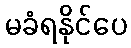
မခံရနိုင်ပေ